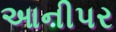
આનીપર